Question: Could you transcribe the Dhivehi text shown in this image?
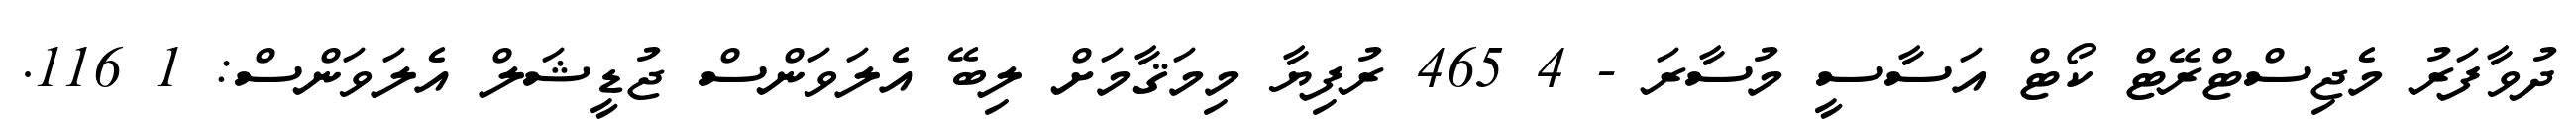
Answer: ދުވާފަރު މެޖިސްޓްރޭޓް ކޯޓް އަސާސީ މުސާރަ - 4 465 ރުފިޔާ މިމަޤާމަށް ލިބޭ އެލަވަންސް ޖުޑީޝަލް އެލަވަންސް: 1 116.